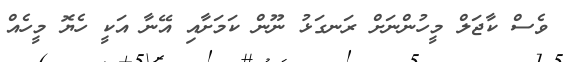
ވެސް ކާޖަލް މީހުންނަށް ރަނގަޅު ނޫން ކަމަށާއި އޭނާ އަކީ ހެޔޮ މީހެއް